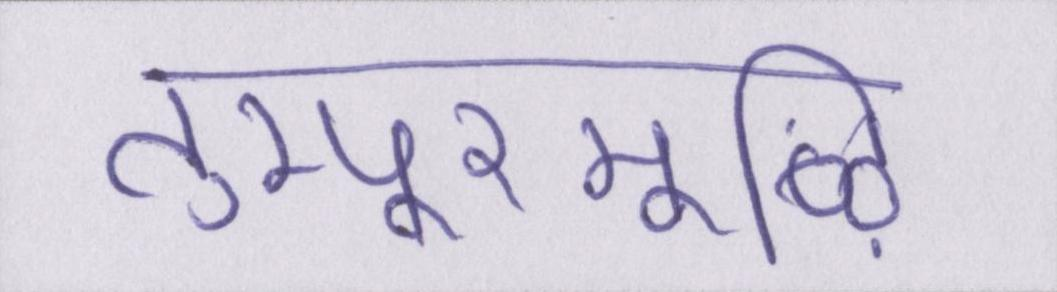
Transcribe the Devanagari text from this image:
तुम्पूरमूऴि